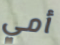
أمي